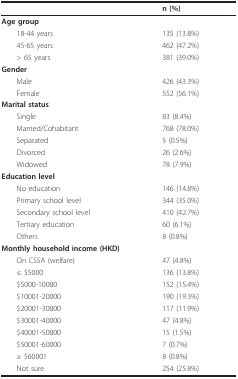
|  | n (%) |
 | --- | --- |
 | Age group |  |
 | 18-44 years | 135 (13.8%) |
 | 45-65 years | 462 (47.2%) |
 | > 65 years | 381 (39.0%) |
 | Gender |  |
 | Male | 426 (43.3%) |
 | Female | 552 (56.1%) |
 | Marital status |  |
 | Single | 83 (8.4%) |
 | Married/Cohabitant | 768 (78.0%) |
 | Separated | 5 (0.5%) |
 | Divorced | 26 (2.6%) |
 | Widowed | 78 (7.9%) |
 | Education level |  |
 | No education | 146 (14.8%) |
 | Primary school level | 344 (35.0%) |
 | Secondary school level | 410 (42.7%) |
 | Tertiary education | 60 (6.1%) |
 | Others | 8 (0.8%) |
 | Monthly household income (HKD) |  |
 | On CSSA (welfare) | 47 (4.8%) |
 | ≤ $5000 | 136 (13.8%) |
 | $5000-10000 | 152 (15.4%) |
 | $10001-20000 | 190 (19.3%) |
 | $20001-30000 | 117 (11.9%) |
 | $30001-40000 | 47 (4.8%) |
 | $40001-50000 | 15 (1.5%) |
 | $50001-60000 | 7 (0.7%) |
 | ≥ $60001 | 8 (0.8%) |
 | Not sure | 254 (25.8%) |